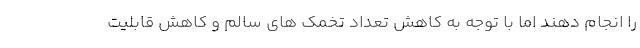
را انجام دهند اما با توجه به کاهش تعداد تخمک های سالم و کاهش قابلیت